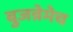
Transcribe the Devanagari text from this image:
बुजन्नेमेच